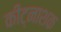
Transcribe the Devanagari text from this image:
कीट्नाशक